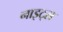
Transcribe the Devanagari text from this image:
नाइट्‌स